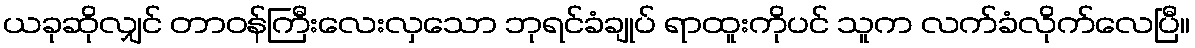
ယခုဆိုလျှင် တာဝန်ကြီးလေးလှသော ဘုရင်ခံချုပ် ရာထူးကိုပင် သူက လက်ခံလိုက်လေပြီ။